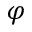
\varphi